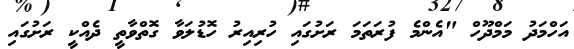
އަހްމަދު މަމްދޫހް "އެންމެ ފުރަތަމަ ރަށުގައި ހުރިއިރު ހޮޑުލަވާ ގޮތްވާތީ ދެއްކީ ރަށުގައި